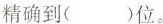
精确到（ ）位。